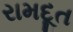
રામદૂત